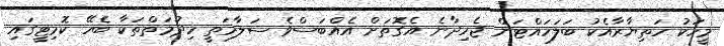
މީހަކު ހަތިޔާރާއެކު ބަލަހައްޓަން ޖެހިދާނެ އެގޮތަށް އެއްބަސްވެ ސަލާމަތީ ހިދުމަތްތަކާ ބެހޭ ކޮމިޓީގައި